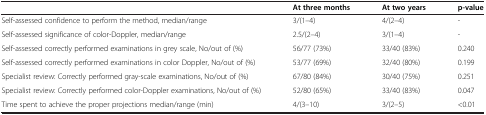
|  | At three months | At two years | p-value |
 | --- | --- | --- | --- |
 | Self-assessed confidence to perform the method, median/range | 3/(1–4) | 4/(2–4) | - |
 | Self-assessed significance of color-Doppler, median/range | 2.5/(2–4) | 3/(1–4) | - |
 | Self-assessed correctly performed examinations in grey scale, No/out of (%) | 56/77 (73%) | 33/40 (83%) | 0.240 |
 | Self-assessed correctly performed examinations in color Doppler, No/out of (%) | 53/77 (69%) | 32/40 (80%) | 0.199 |
 | Specialist review: Correctly performed gray-scale examinations, No/out of (%) | 67/80 (84%) | 30/40 (75%) | 0.251 |
 | Specialist review: Correctly performed color-Doppler examinations, No/out of (%) | 52/80 (65%) | 33/40 (83%) | 0.047 |
 | Time spent to achieve the proper projections median/range (min) | 4/(3–10) | 3/(2–5) | <0.01 |